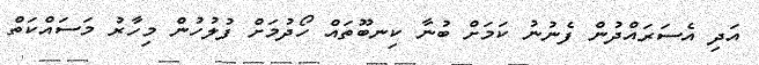
އަދި އެސަރައްދުން ފެނުނު ކަމަށް ބުނާ ކިނބޫތައް ހޯދުމަށް ފުލުހުން މިހާރު މަސައްކަތް